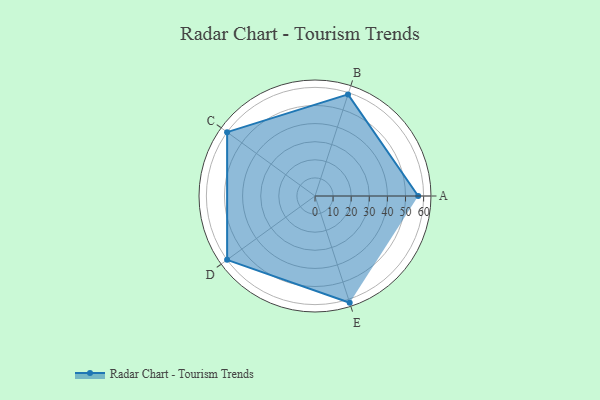
{"axis": {"x": "Skill", "y": "Score"}, "legend": ["Profile"], "data": [{"x": "A", "y": 57.0, "type": "Profile"}, {"x": "B", "y": 59.0, "type": "Profile"}, {"x": "C", "y": 60.0, "type": "Profile"}, {"x": "D", "y": 60.0, "type": "Profile"}, {"x": "E", "y": 62.0, "type": "Profile"}]}